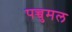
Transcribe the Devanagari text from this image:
पच्चुमल